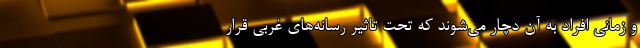
و زمانی افراد به آن دچار می‌شوند که تحت تاثیر رسانه‌های غربی قرار